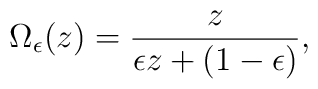
\Omega_{\epsilon}(z)={z\over \epsilon z+(1-\epsilon)},